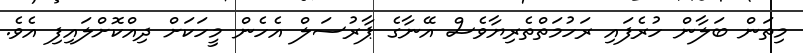
މިތަން ބަލާން ހުރެފައި ރަހުމަތްތެރިޔާވެސް އޭނާގެ ޕާރުސަލް އެހެން މީހަކަށް ދިއްކޮށްލައިފި އެވެ.